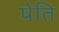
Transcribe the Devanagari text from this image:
पेति